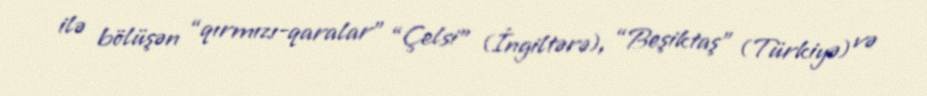
ilə bölüşən “qırmızı-qaralar” “Çelsi” (İngiltərə), “Beşiktaş” (Türkiyə) və